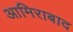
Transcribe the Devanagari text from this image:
आमिराबाद